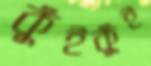
কুঁইকুঁই